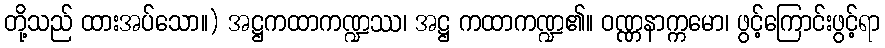
တို့သည် ထားအပ်သော။) အဋ္ဌကထာကဏ္ဍဿ၊ အဋ္ဌ ကထာကဏ္ဍ၏။ ဝဏ္ဏနာက္ကမော၊ ဖွင့်ကြောင်းဖွင့်ရာ